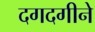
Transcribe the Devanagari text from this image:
दगदगीने